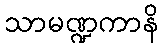
သာမဏ္ဍကာနိ